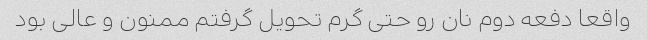
واقعا دفعه دوم نان رو حتی گرم تحویل گرفتم ممنون و عالی بود